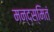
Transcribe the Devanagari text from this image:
मन्दस्मितं